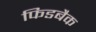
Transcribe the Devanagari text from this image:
फिडबैक